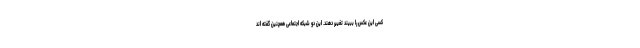
کسی این عکس را ببیند تغییر دهند. این دو شبکه اجتماعی همچنین گفته اند